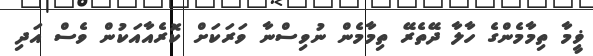
ޥީމާ ތިމާމެންގެ ހާލާ ދޭތެރޭ ތިމާމެން ނުވިސްނާ ވަރަކަށް ކޮރެއާއަކުން ވެސް އަދި